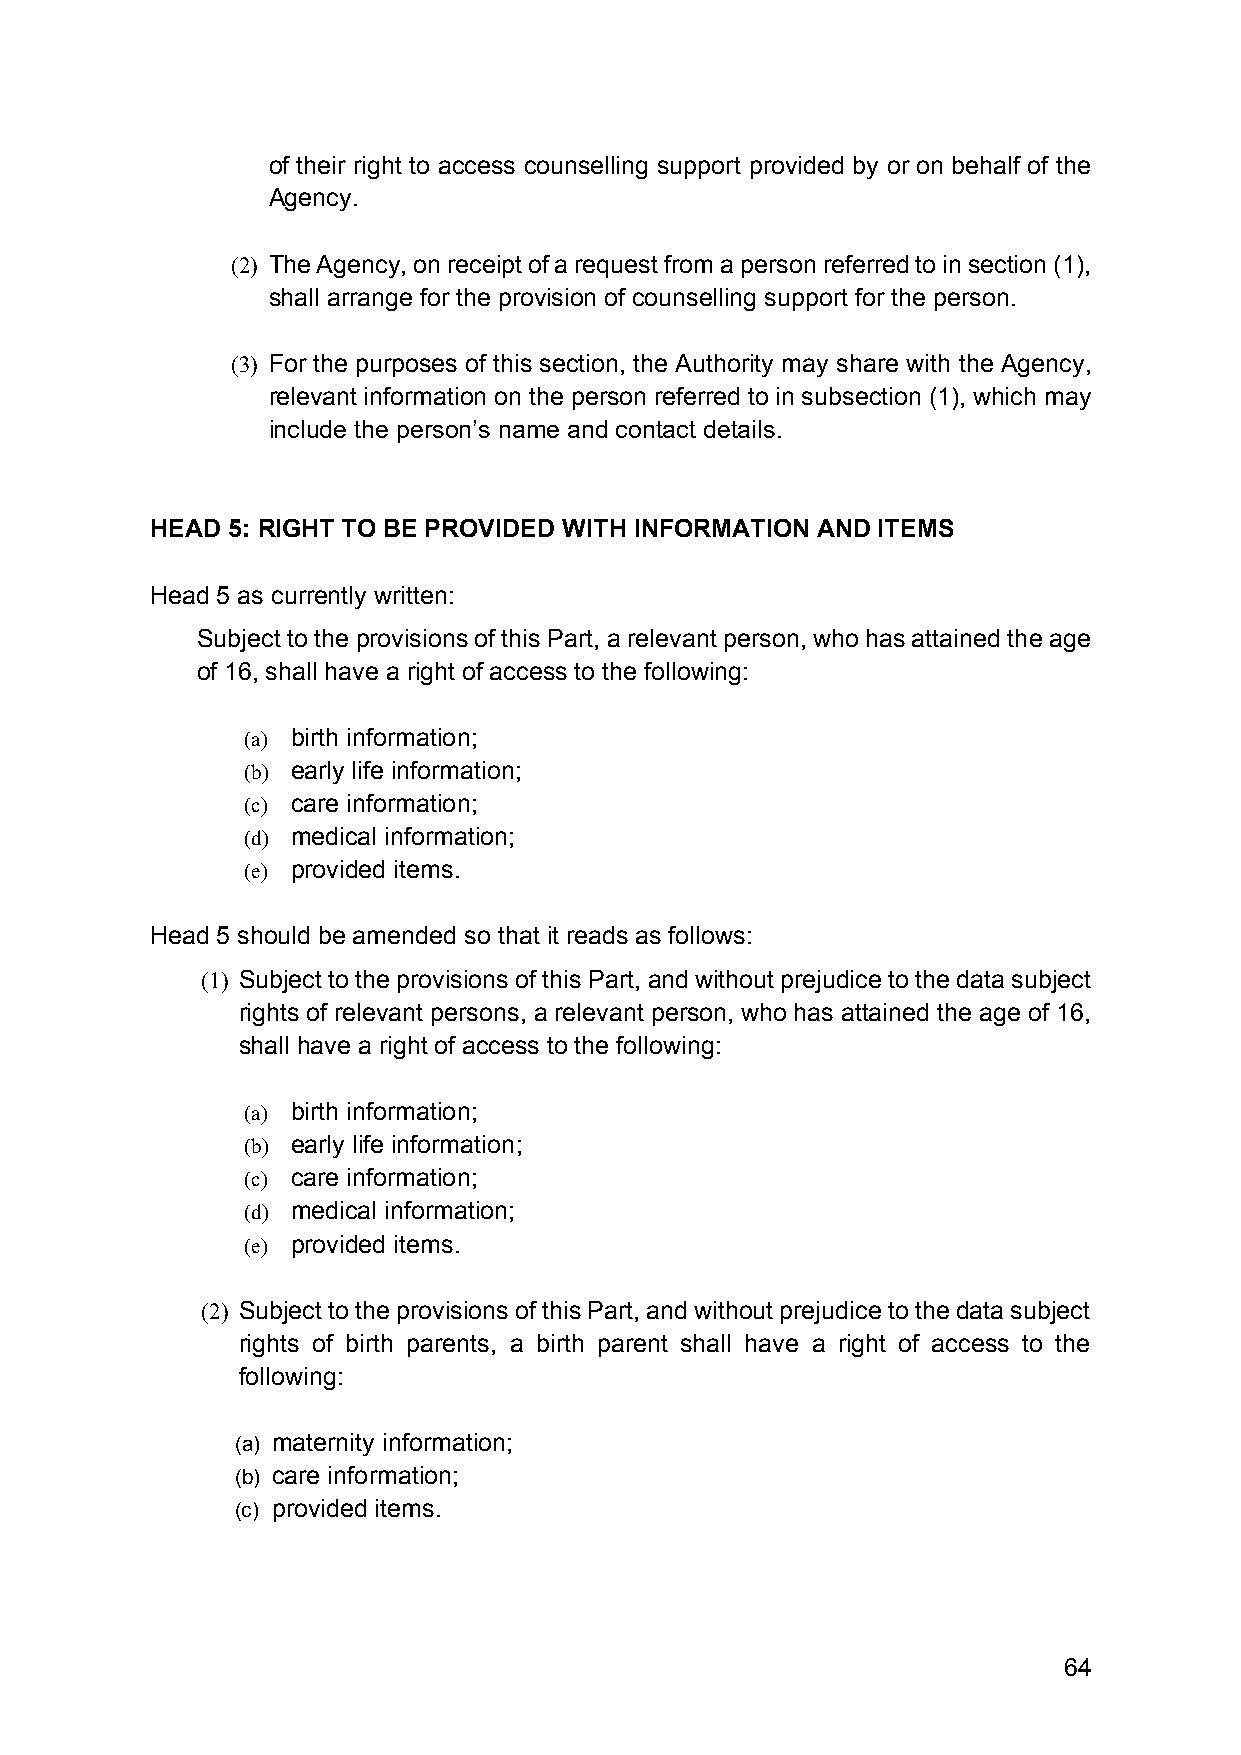
of their right to access counselling support provided by or on behalf of the
 Agency.
 (2) The Agency, on receipt of a request from a person referred to in section (1),
 shall arrange for the provision of counselling support for the person.
 (3) For the purposes of this section, the Authority may share with the Agency,
 relevant information on the person referred to in subsection (1), which may
 include the person’s name and contact details.
 HEAD 5: RIGHT TO BE PROVIDED WITH INFORMATION AND ITEMS
 Head 5 as currently written:
 Subject to the provisions of this Part, a relevant person, who has attained the age
 of 16, shall have a right of access to the following:
 (a) birth information;
 (b) early life information;
 (c) care information;
 (d) medical information;
 (e) provided items.
 Head 5 should be amended so that it reads as follows:
 (1) Subject to the provisions of this Part, and without prejudice to the data subject
 rights of relevant persons, a relevant person, who has attained the age of 16,
 shall have a right of access to the following:
 (a) birth information;
 (b) early life information;
 (c) care information;
 (d) medical information;
 (e) provided items.
 (2) Subject to the provisions of this Part, and without prejudice to the data subject
 rights of birth parents, a birth parent shall have a right of access to the
 following:
 (a) maternity information;
 (b) care information;
 (c) provided items.
 64